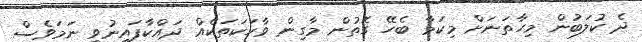
ދެ ކުލަބުން މިހާތަނަށް މިކަމާ ބެހޭ ގޮތުން މާގިން ވާހަކަތަކެއް ދައްކާފައިނުވި ނަމަވެސް